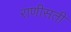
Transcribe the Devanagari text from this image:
राणीसती